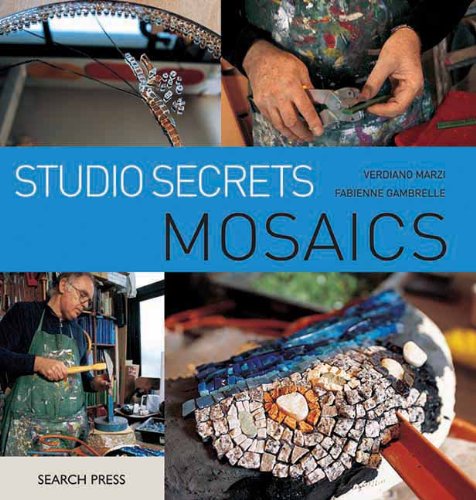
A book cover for Studio Secrets: Mosaics; Verdiano Marzi; Crafts, Hobbies & Home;